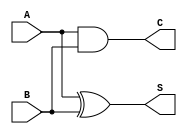
`timescale 1ns/1ns

module half_adder (A,B,S,C);
    input A;
    input B;
    output S;
    output C;
    
    assign S = A^B;
    assign C = A & B;
    
endmodule

module full_adder (
    input A,B,Cin,
    output S,Cout
    
);
wire C0,S0,C1;
half_adder H1(A,B,S0,C0);
half_adder H2(Cin,S0,S,C1);
assign Cout = C0|C1;

    
endmodule


module fourbitadder (
    input[3:0] addent,augend,
    input cin,
    output[3:0] s,
    output cout
);
    wire[2:0] cintermed;
    full_adder F1(.A(addent[0]),.B(augend[0]),.Cin(cin),.S(s[0]),.Cout(cintermed[0]));
    full_adder F2(.A(addent[1]),.B(augend[1]),.Cin(cintermed[0]),.S(s[1]),.Cout(cintermed[1]));
    full_adder F3(.A(addent[2]),.B(augend[2]),.Cin(cintermed[1]),.S(s[2]),.Cout(cintermed[2]));
    full_adder F4(.A(addent[3]),.B(augend[3]),.Cin(cintermed[2]),.S(s[3]),.Cout(cout));
endmodule